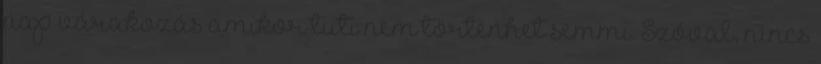
nap várakozás amikor tuti nem történhet semmi. Szóval, nincs